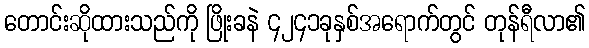
တောင်းဆိုထားသည်ကို ဖြိုးခနဲ ၄၂၄၁ခုနှစ်အရောက်တွင် တုန်ရီလာ၏